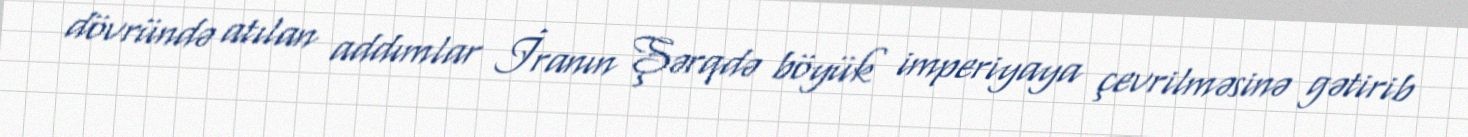
dövründə atılan addımlar İranın Şərqdə böyük imperiyaya çevrilməsinə gətirib